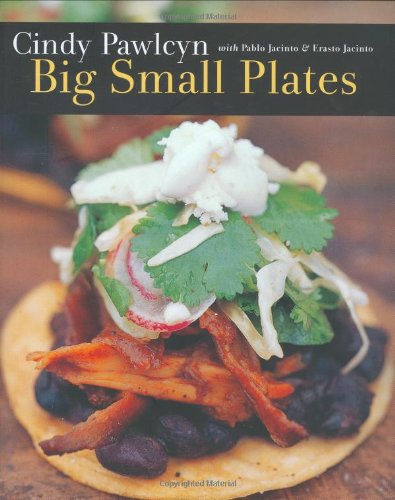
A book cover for Big Small Plates; Cindy Pawlcyn; Cookbooks, Food & Wine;